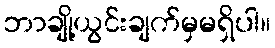
ဘာချို့ယွင်းချက်မှမရှိပါ။